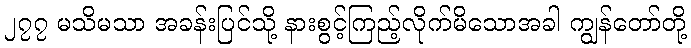
၂၇၇ မသိမသာ အခန်းပြင်သို့ နားစွင့်ကြည့်လိုက်မိသောအခါ ကျွန်တော်တို့